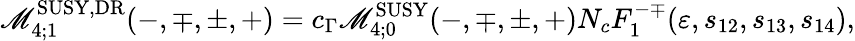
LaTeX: \mathscr{M}_{4;1}^{\mathrm{{SUSY,DR}}}(-,\mp,\pm,+)=c_{\Gamma}\mathscr{M}_{4;0}^{\mathrm{{SUSY}}}(-,\mp,\pm,+)N_{c}F_{1}^{-\mp}(\varepsilon,s_{12},s_{13},s_{14}),